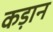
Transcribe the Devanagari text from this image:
कड़ान